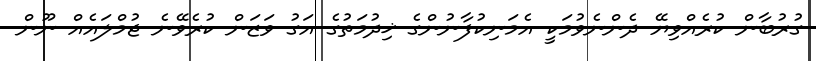
ގުރުބާން ކުރެއްވިޔޭ ދެންނެވުމަކީ އެމަނިކުފާނުންގެ ޚިދުމަތުގެ އަގު ވަޒަން ކުރެވޭނެ ޖުމްލައެއް ނޫން